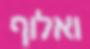
ואלוף